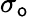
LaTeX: \sigma_{\mathsf{o}}